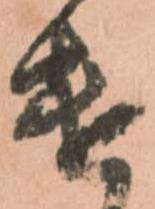
遣